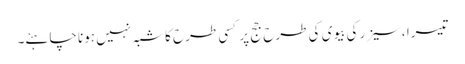
تیسرا ،سیزر کی بیوی کی طرح جج پر کسی طرح کا شبہ نہیں ہونا چاہئے۔